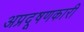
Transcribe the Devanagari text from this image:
अप्रदूषणकारी